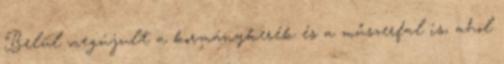
Belül megújult a kormánykerék és a műszerfal is, ahol